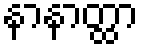
နာနာတ္ထာ